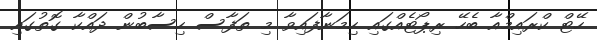
ހޭޓް ކްރައިމްއާ ބެހޭ ރިޕޯޓެއްގައި ހިމަނާފައިވާ މި ތަފާސް ހިސާބުން ދައްކާ ގޮތުގައި